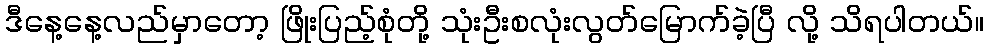
ဒီနေ့နေ့လည်မှာတော့ ဖြိုးပြည့်စုံတို့ သုံးဦးစလုံးလွတ်မြောက်ခဲ့ပြီ လို့ သိရပါတယ်။